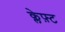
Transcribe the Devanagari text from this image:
क्लेफ़्ट